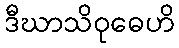
ဒီဃာသိဝုဓေဟိ